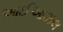
આઈઆઝલ